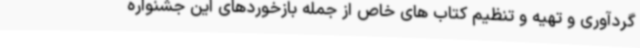
گردآوری و تهیه و تنظیم کتاب های خاص از جمله بازخوردهای این جشنواره